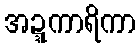
အဍ္ဍကာရိကာ